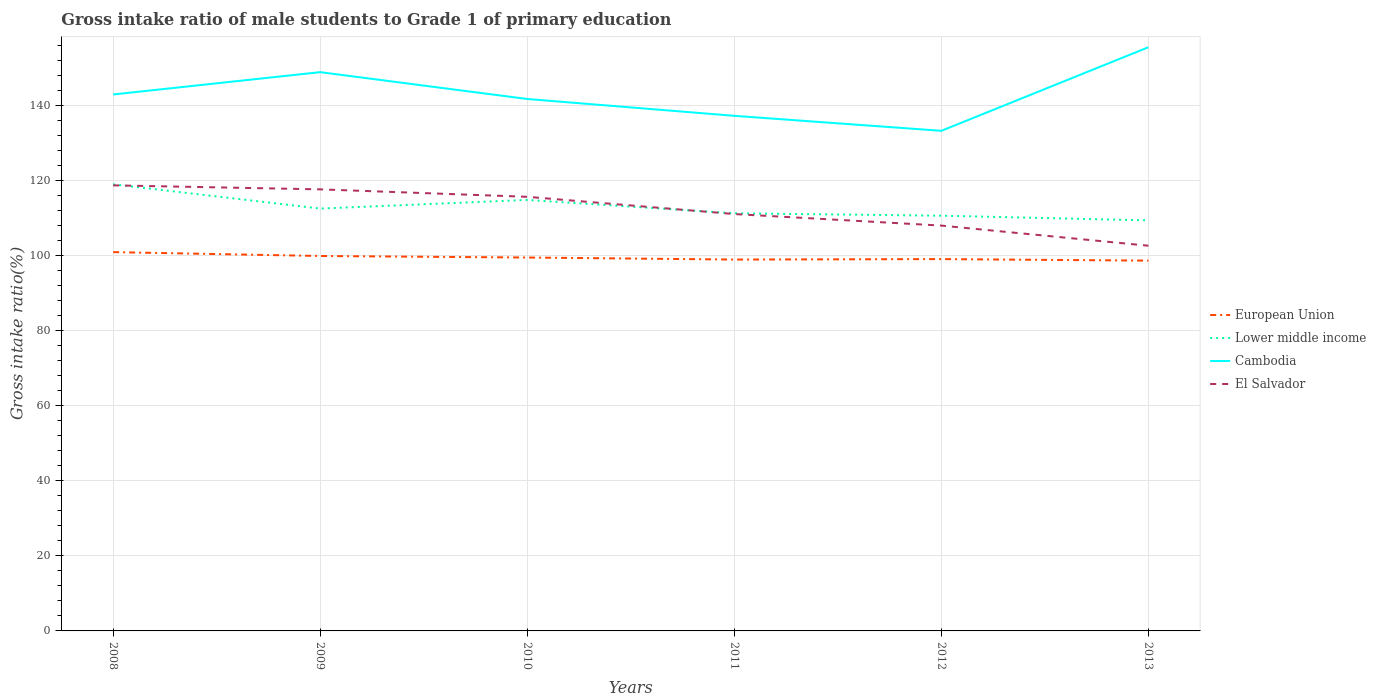
| Years | European Union | Lower middle income | Cambodia | El Salvador |
 | --- | --- | --- | --- | --- |
 | 2008 | 101 | 119 | 143 | 119 |
 | 2009 | 99.9 | 113 | 149 | 118 |
 | 2010 | 99.5 | 115 | 142 | 116 |
 | 2011 | 99 | 111 | 137 | 111 |
 | 2012 | 99.1 | 111 | 133 | 108 |
 | 2013 | 98.7 | 109 | 156 | 103 |